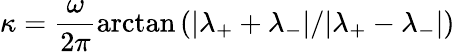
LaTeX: \kappa=\frac{\omega}{2\pi}\arctan\left(|\lambda_{+}+\lambda_{-}|/|\lambda_{+}-\lambda_{-}|\right)